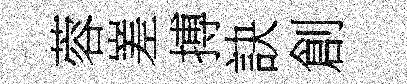
蓉嵳搏訣創